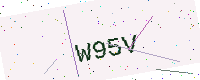
Text: W95V